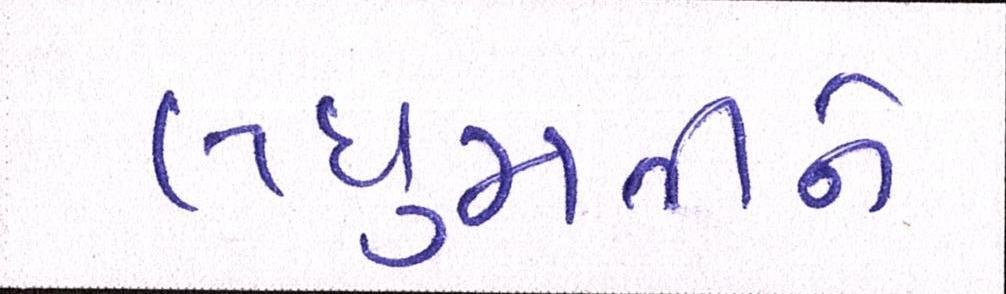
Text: લઘુમતીને